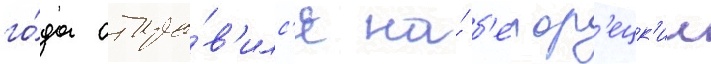
го́да отпра́в'илс'я на́ б'елор'ецк'ии